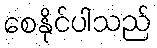
စေနိုင်ပါသည်